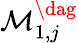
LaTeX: \mathcal{M}_{1,j}^{\dag}